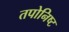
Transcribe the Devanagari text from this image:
तपोनिष्ट